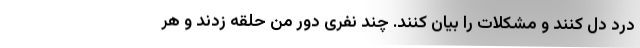
درد دل کنند و مشکلات را بیان کنند. چند نفری دور من حلقه زدند و هر